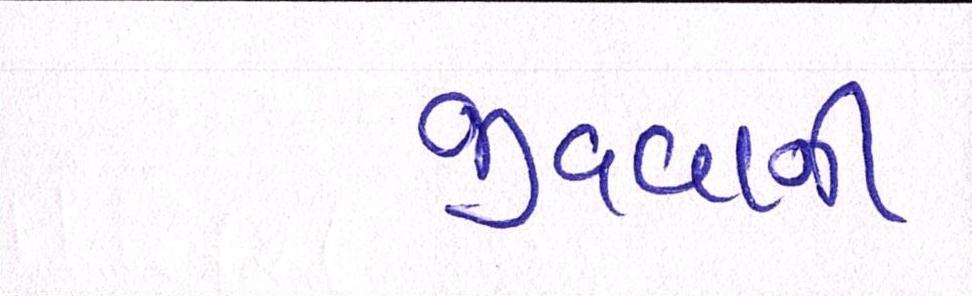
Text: જીવવાની